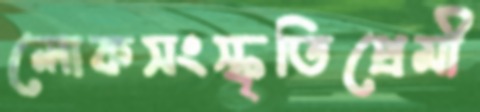
লোকসংস্কৃতিপ্রেমী